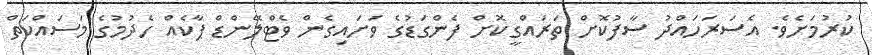
ކުރުމަށެވެ. އެސަރަހައްދު ސާފުކޮށް ތަރައްގީކޮށް ފެންގަޑުގެ ވަށައިގެން ވެޓްލޭންޑް ޕާކެއް ހެދުމުގެ މަސައްކަތް